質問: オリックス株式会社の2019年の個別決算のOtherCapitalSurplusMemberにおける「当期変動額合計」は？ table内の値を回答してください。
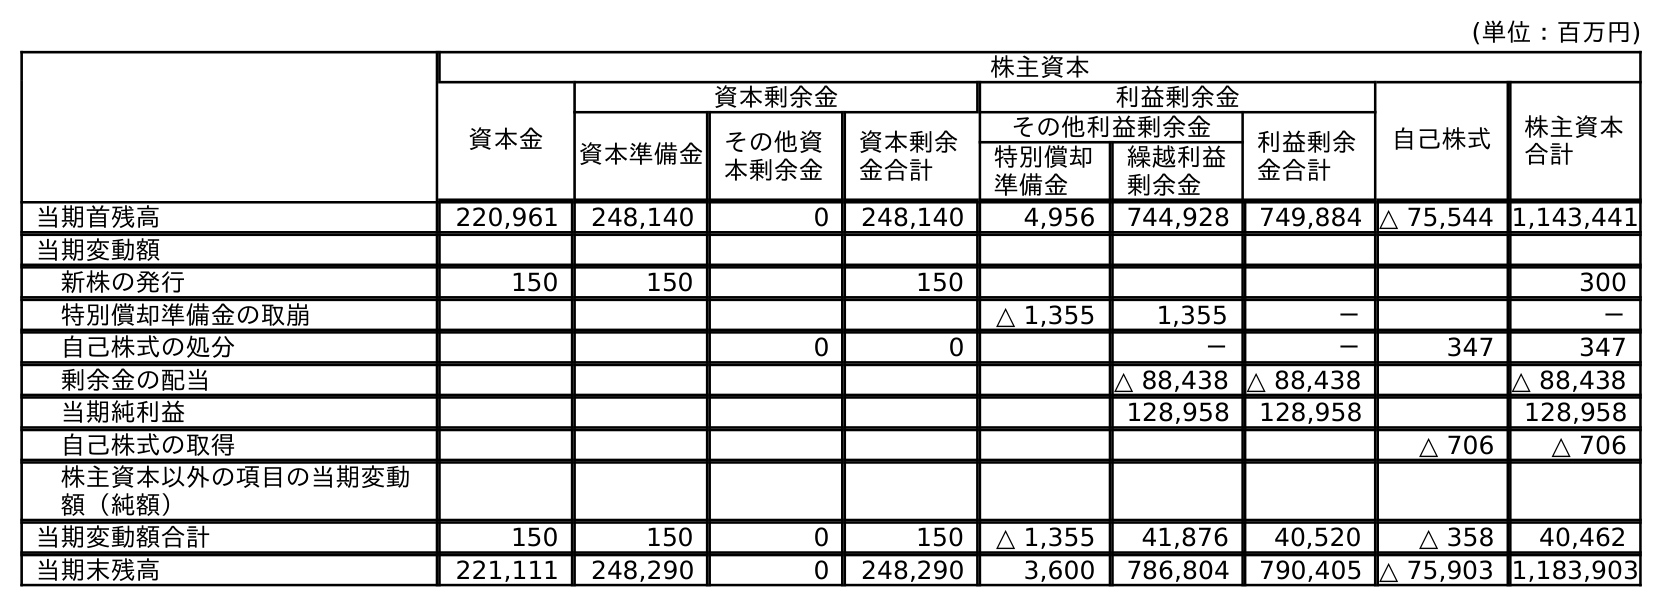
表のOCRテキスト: (単位：百万円) 株主資本 資本金 資本剰余金 利益剰余金 自己株式 株主資本 合計 資本準備金 その他資 本剰余金 資本剰余 金合計 その他利益剰余金 利益剰余 金合計 特別償却 準備金 繰越利益 剰余金 当期首残高 220,961 248,140 0 248,140 4,956 744,928 749,884 △ 75,544 1,143,441 当期変動額 新株の発行 150 150 150 300 特別償却準備金の取崩 △ 1,355 1,355 － － 自己株式の処分 0 0 － － 347 347 剰余金の配当 △ 88,438 △ 88,438 △ 88,438 当期純利益 128,958 128,958 128,958 自己株式の取得 △ 706 △ 706 株主資本以外の項目の当期変動 額（純額） 当期変動額合計 150 150 0 150 △ 1,355 41,876 40,520 △ 358 40,462 当期末残高 221,111 248,290 0 248,290 3,600 786,804 790,405 △ 75,903 1,183,903
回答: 0